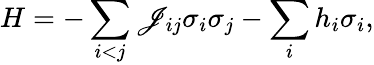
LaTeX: H=-\sum_{i<j}\mathscr{J}_{ij}\sigma_{i}\sigma_{j}-\sum_{i}h_{i}\sigma_{i},